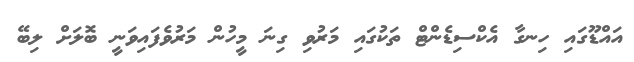
އައްޑޫގައި ހިނގާ އެކްސިޑެންޓް ތަކުގައި މަރުވި ގިނަ މީހުން މަރުވެފައިވަނީ ބޮލަށް ލިބޭ